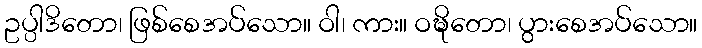
ဥပ္ပါဒိတော၊ ဖြစ်စေအပ်သော။ ဝါ၊ ကား။ ဝဍ္ဎိတော၊ ပွားစေအပ်သော။